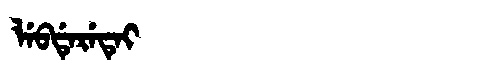
Manchu: ᠯᡝᠪᡩᡝᡵᡝᡨᡝᡳ
Romanization: LEBDERETEI